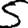
Digit: 5